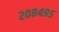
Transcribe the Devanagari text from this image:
२०८४९५